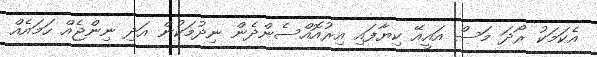
އެކަމަކު ރޯދަ މަސް އައީއޭ ކިޔާފައި އިރުއޮއްސެންދެން ނިދުމަކުން އަދި ނިންޖެއް ހަމައެއް